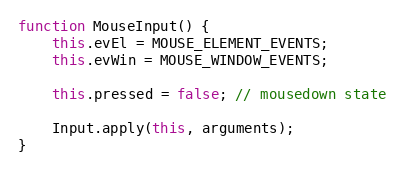
Language: JavaScript
function MouseInput() {
    this.evEl = MOUSE_ELEMENT_EVENTS;
    this.evWin = MOUSE_WINDOW_EVENTS;

    this.pressed = false; // mousedown state

    Input.apply(this, arguments);
}